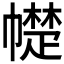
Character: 𰏠